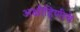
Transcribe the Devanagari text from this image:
अक्षौहिणीचे